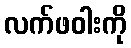
လက်ဖဝါးကို